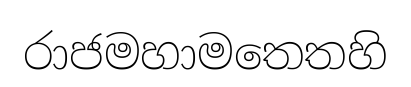
රාජමහාමතෙතහි